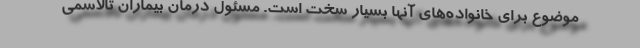
موضوع برای خانواده‌های آنها بسیار سخت است. مسئول درمان بیماران تالاسمی